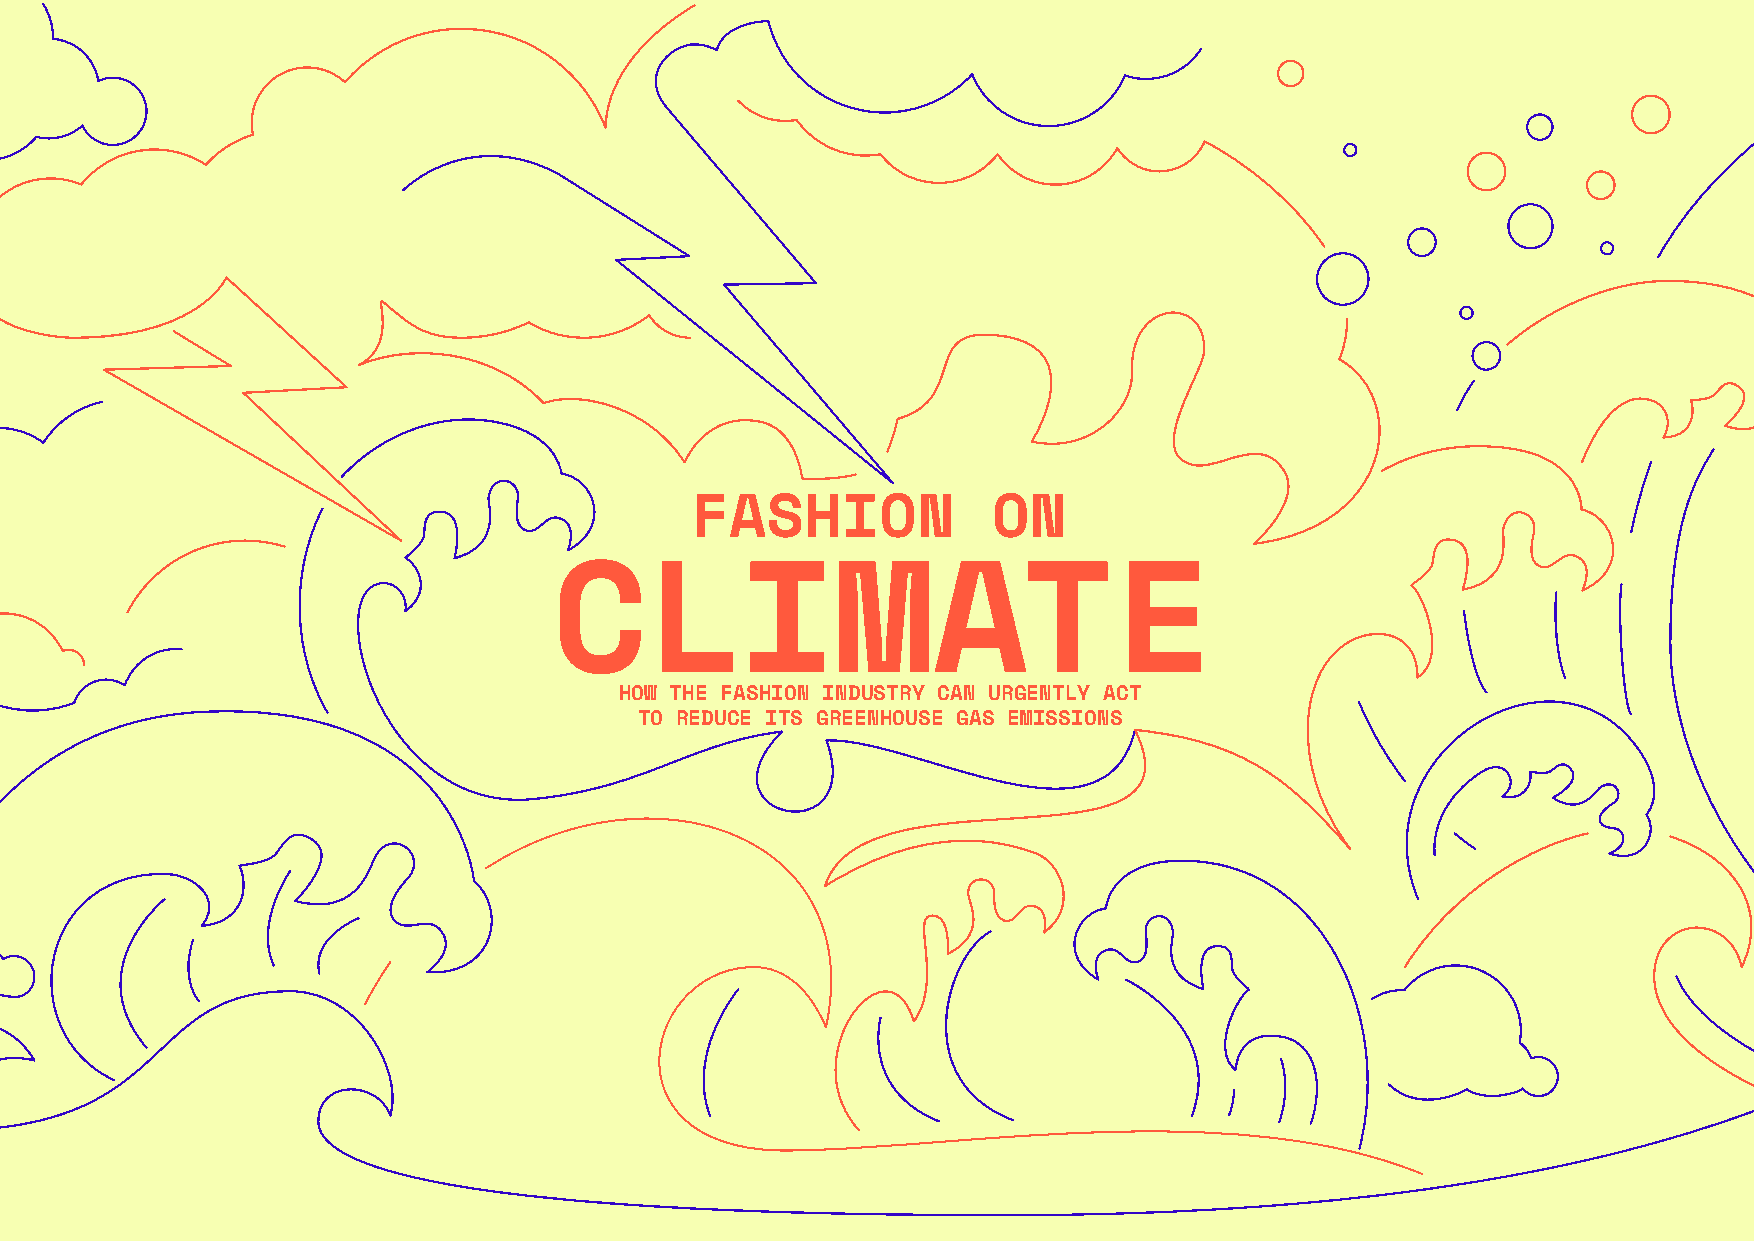
FASHION             ON
 CLIMATE
 HOW THE FASHION INDUSTRY CAN URGENTLY ACT
 TO REDUCE ITS GREENHOUSE GAS EMISSIONS